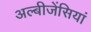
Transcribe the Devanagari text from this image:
अल्बीजेंसियां